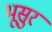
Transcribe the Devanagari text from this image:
भूसुर